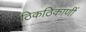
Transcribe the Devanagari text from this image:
ठिकठिकाणीं